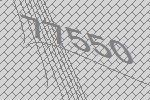
77550